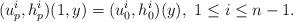
LaTeX: \begin{align*} (u_p^i,h_p^i)(1,y)=(u_0^i,h_0^i)(y), \ 1\leq i\leq n-1.\end{align*}